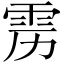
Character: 雳